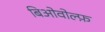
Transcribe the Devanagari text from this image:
बिओवोल्फ़